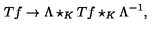
T f \rightarrow \Lambda \star _ { K } T f \star _ { K } \Lambda ^ { - 1 } ,